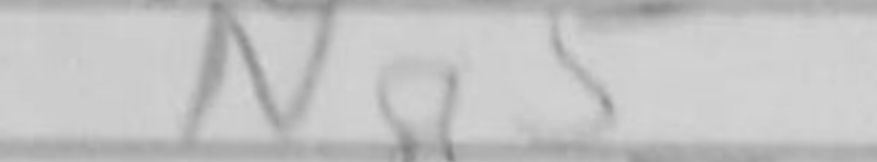
Transcription: Na5